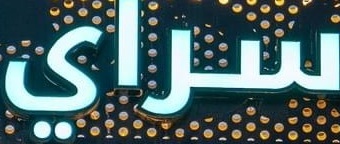
سراي